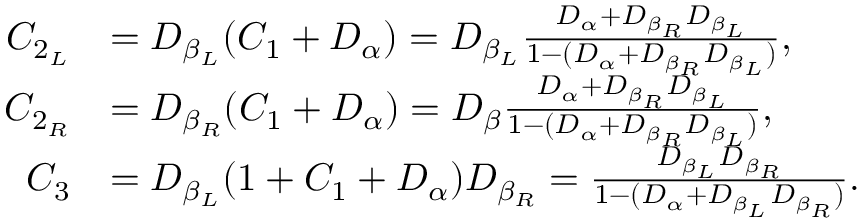
\begin{array} { r l } { C _ { 2 _ { L } } } & { = D _ { \beta _ { L } } ( C _ { 1 } + D _ { \alpha } ) = D _ { \beta _ { L } } \frac { D _ { \alpha } + D _ { \beta _ { R } } D _ { \beta _ { L } } } { 1 - ( D _ { \alpha } + D _ { \beta _ { R } } D _ { \beta _ { L } } ) } \mathrm { , } } \\ { C _ { 2 _ { R } } } & { = D _ { \beta _ { R } } ( C _ { 1 } + D _ { \alpha } ) = D _ { \beta } \frac { D _ { \alpha } + D _ { \beta _ { R } } D _ { \beta _ { L } } } { 1 - ( D _ { \alpha } + D _ { \beta _ { R } } D _ { \beta _ { L } } ) } \mathrm { , } } \\ { C _ { 3 } } & { = D _ { \beta _ { L } } ( 1 + C _ { 1 } + D _ { \alpha } ) D _ { \beta _ { R } } = \frac { D _ { \beta _ { L } } D _ { \beta _ { R } } } { 1 - ( D _ { \alpha } + D _ { \beta _ { L } } D _ { \beta _ { R } } ) } \mathrm { . } } \end{array}